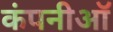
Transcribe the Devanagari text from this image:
कंपनीऑ